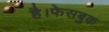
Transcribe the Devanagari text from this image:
है।फेसबुक